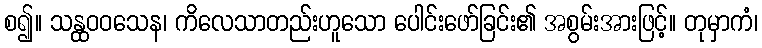
စ၍။ သန္ထဝဝသေန၊ ကိလေသာတည်းဟူသော ပေါင်းဖော်ခြင်း၏ အစွမ်းအားဖြင့်။ တုမှာကံ၊